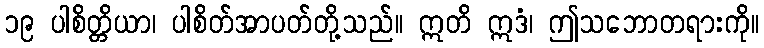
၁၉ ပါစိတ္တိယာ၊ ပါစိတ်အာပတ်တို့သည်။ ဣတိ ဣဒံ၊ ဤသဘောတရားကို။